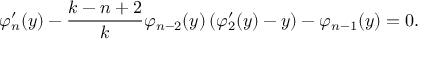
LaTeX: \varphi _ { n } ^ { \prime } ( y ) - \frac { k - n + 2 } { k } \varphi _ { n - 2 } ( y ) \left( \varphi _ { 2 } ^ { \prime } ( y ) - y \right) - \varphi _ { n - 1 } ( y ) = 0 .